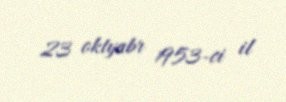
23 oktyabr 1953-ci il